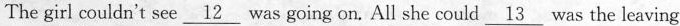
The girl couldn^{\prime} t see\underline{12} was going on、 All she could \underline{13} was the leaving